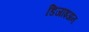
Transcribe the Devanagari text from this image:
डिजाइअन